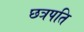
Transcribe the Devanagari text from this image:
छत्रपति